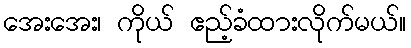
အေးအေး၊ ကိုယ် ဧည့်ခံထားလိုက်မယ်။